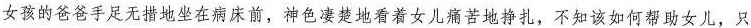
女孩的爸爸手足无措地坐在病床前，神色凄楚地看着女儿痛苦地挣扎，不知该如何帮助女儿，只